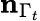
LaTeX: \mathbf{n}_{\Gamma_{t}}